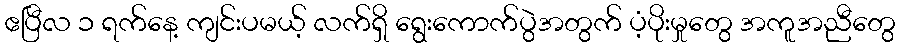
ဧပြီလ ၁ ရက်နေ့ ကျင်းပမယ့် လက်ရှိ ရွေးကောက်ပွဲအတွက် ပံ့ပိုးမှုတွေ အကူအညီတွေ